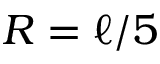
R = \ell / 5